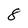
Character: 8